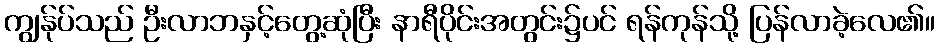
ကျွန်ုပ်သည် ဦးလာဘနှင့်တွေ့ဆုံပြီး နာရီပိုင်းအတွင်း၌ပင် ရန်ကုန်သို့ ပြန်လာခဲ့လေ၏။